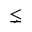
\lneq